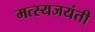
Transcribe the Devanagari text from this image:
मत्स्यजयंती